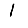
Digit: 1